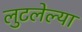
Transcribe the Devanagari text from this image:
लुटलेल्या